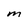
Character: M